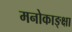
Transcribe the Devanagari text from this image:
मनोकाङ्क्षा